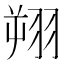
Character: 𫅦